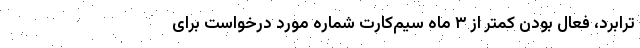
ترابرد، فعال بودن کمتر از ۳ ماه سیم‌کارت شماره مورد درخواست برای